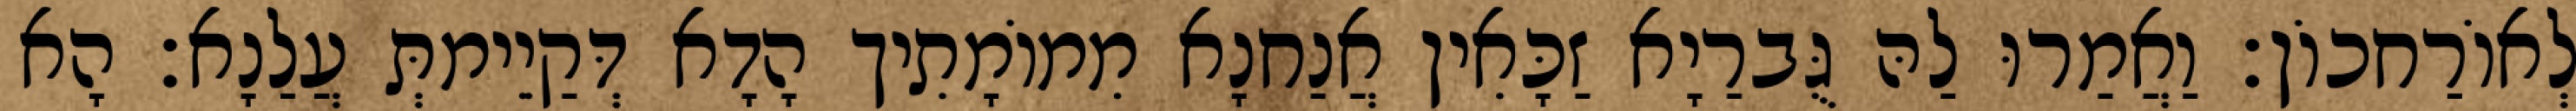
לְאוֹרַחכוֹן׃ וַאֲמַרוּ לַהּ גֻּברַיָא זַכָּאִין אֲנַחנָא מִמוֹמָתִיך הָדָא דְּקַיֵימתְּ עֲלַנָא׃ הָא